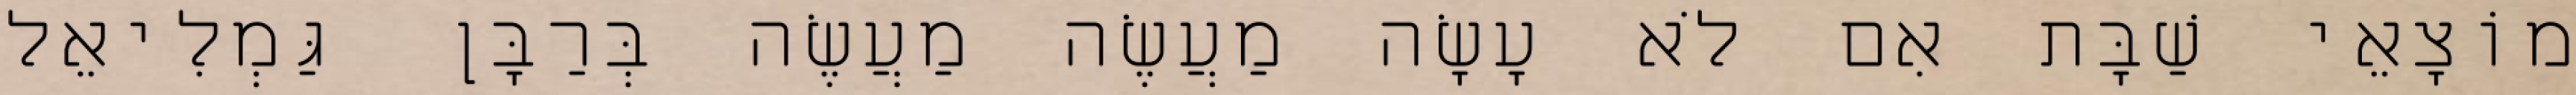
מוֹצָאֵי שַׁבָּת אִם לֹא עָשָׂה מַעֲשֶׂה מַעֲשֶׂה בְּרַבָּן גַּמְלִיאֵל